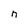
Character: n